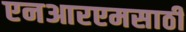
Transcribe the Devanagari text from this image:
एनआरएमसाठी